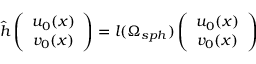
\hat { h } \left( \begin{array} { c } { { u _ { 0 } ( x ) } } \\ { { v _ { 0 } ( x ) } } \end{array} \right) = l ( \Omega _ { s p h } ) \left( \begin{array} { c } { { u _ { 0 } ( x ) } } \\ { { v _ { 0 } ( x ) } } \end{array} \right)